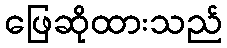
ဖြေဆိုထားသည်